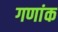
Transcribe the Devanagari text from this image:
गणांक